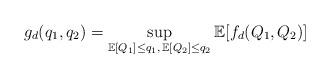
LaTeX: \begin{align*}g_d(q_1,q_2)=\sup_{\mathbb{E}[Q_1]\le q_1,\,\mathbb{E}[Q_2]\le q_2}\mathbb{E}[f_d(Q_1,Q_2)]\end{align*}